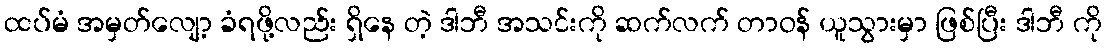
ထပ်မံ အမှတ်လျော့ ခံရဖို့လည်း ရှိနေ တဲ့ ဒါဘီ အသင်းကို ဆက်လက် တာဝန် ယူသွားမှာ ဖြစ်ပြီး ဒါဘီ ကို